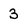
Character: 3